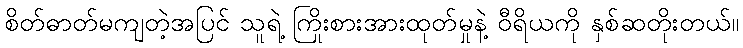
စိတ်ဓာတ်မကျတဲ့အပြင် သူရဲ့ ကြိုးစားအားထုတ်မှုနဲ့ ဝီရိယကို နှစ်ဆတိုးတယ်။